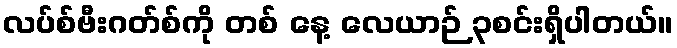
လပ်စ်ဗီးဂတ်စ်ကို တစ် နေ့ လေယာဉ် ၃စင်းရှိပါတယ်။